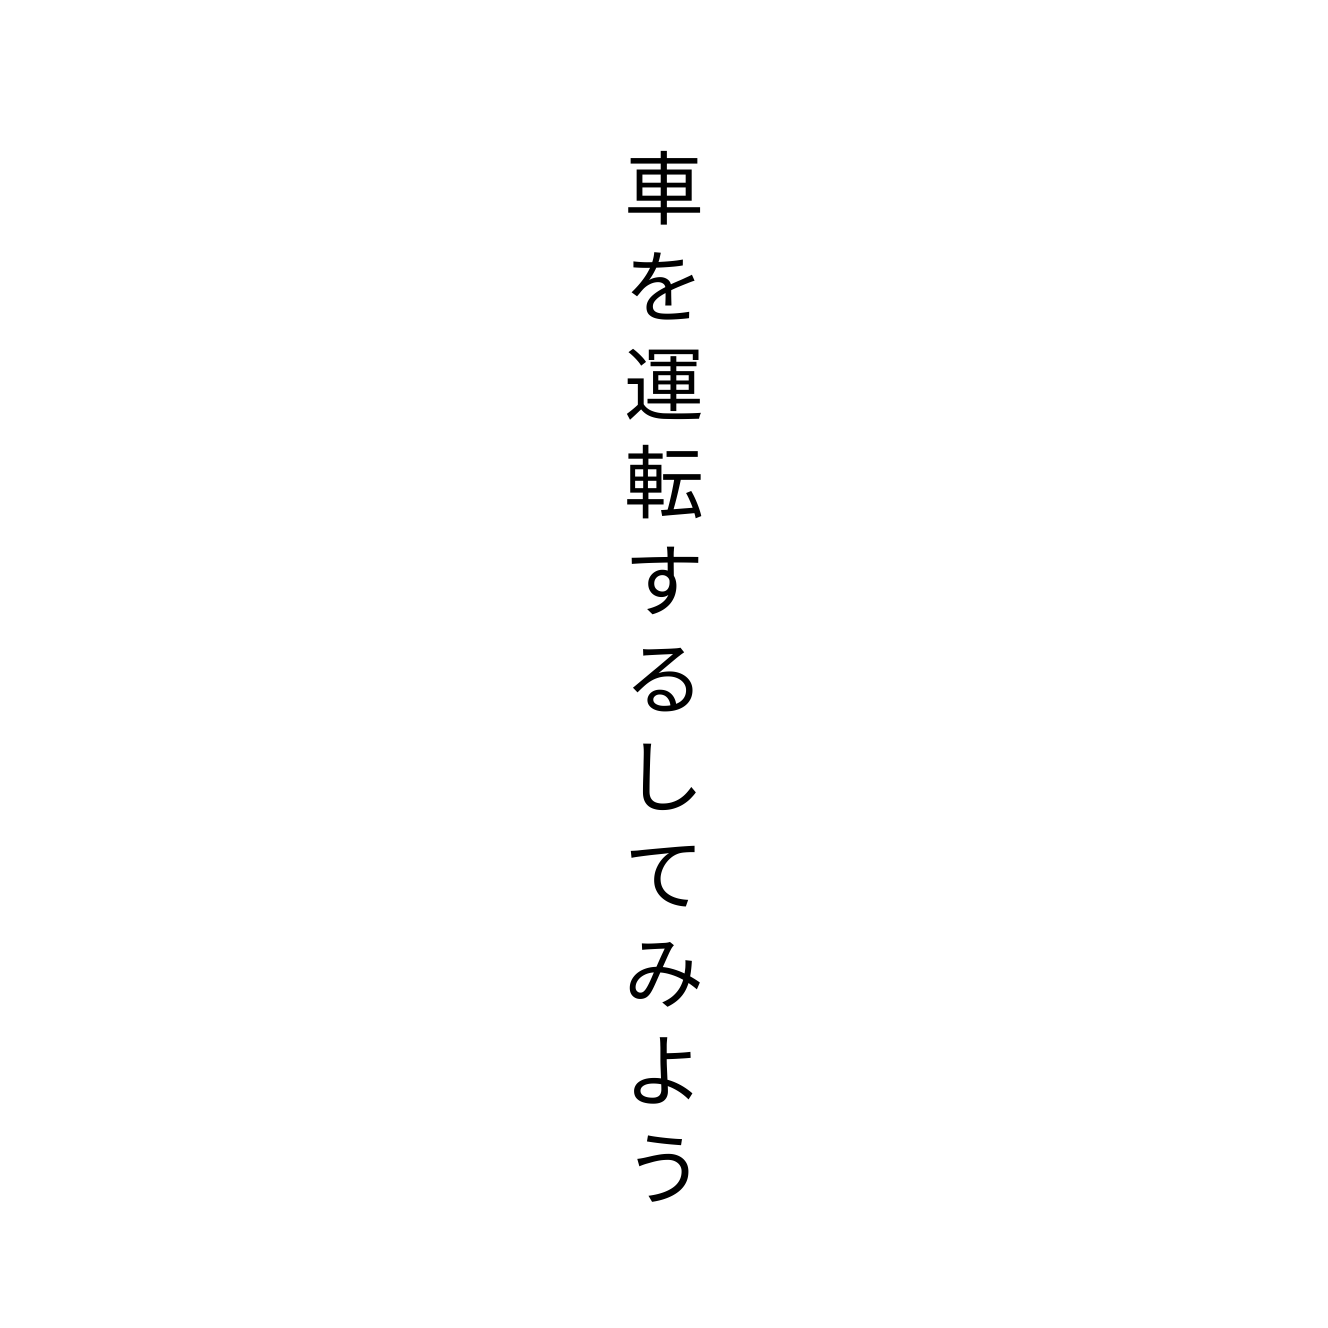
車を運転するしてみよう